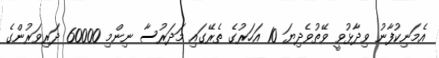
އެމަނިކުފާނު ވިދާޅުވީ ވޭތުވެދިޔަ 10 އަހަރުގެ ތެރޭގައި މަދަރުސާ ނިންމި 60000 ދަރިވަރުންގެ